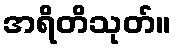
အရိတိသုတ်။